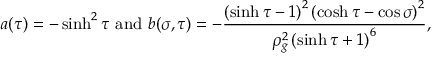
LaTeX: a ( \tau ) = - \sinh ^ { 2 } \tau \mathrm { ~ a n d ~ } b ( \sigma , \tau ) = - \frac { \left( \sinh \tau - 1 \right) ^ { 2 } \left( \cosh \tau - \cos \sigma \right) ^ { 2 } } { \rho _ { g } ^ { 2 } \left( \sinh \tau + 1 \right) ^ { 6 } } ,